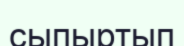
сыпыртып